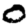
Digit: 0